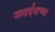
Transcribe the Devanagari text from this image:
जनार्दनाच्या